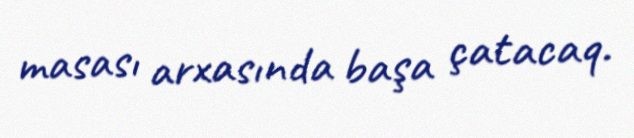
masası arxasında başa çatacaq.